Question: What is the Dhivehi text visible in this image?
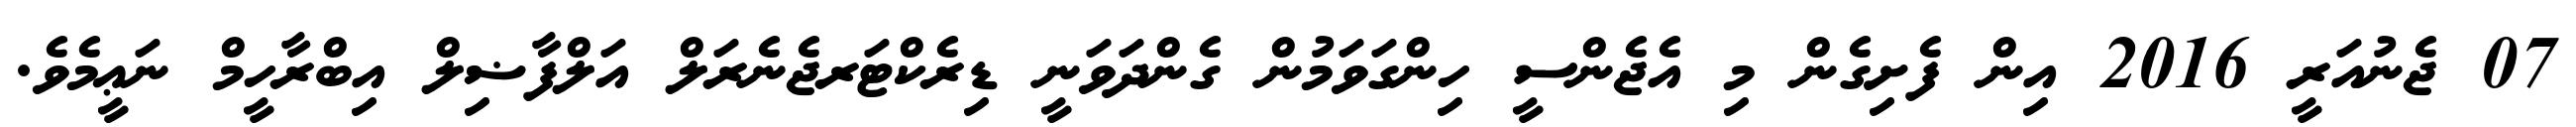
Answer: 07 ޖެނުއަރީ 2016 އިން ފެށިގެން މި އެޖެންސީ ހިންގަވަމުން ގެންދަވަނީ ޑިރެކްޓަރޖެނެރަލް އަލްފާޟިލް އިބްރާހީމް ނަޢީމެވެ.